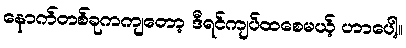
နောက်တစ်ခုကကျတော့ ဒီရင်ကျပ်ထစေမယ့် ဟာပေါ့။